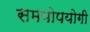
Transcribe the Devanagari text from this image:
समयोपयोगी